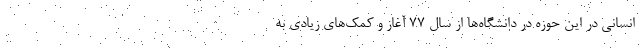
انسانی در این حوزه در دانشگاه‌ها از سال ۷۷ آغاز و کمک‌های زیادی به